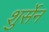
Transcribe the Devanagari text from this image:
शुर्सेन